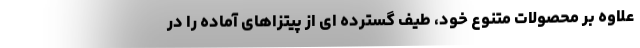
علاوه بر محصولات متنوع خود، طیف گسترده ای از پیتزاهای آماده را در